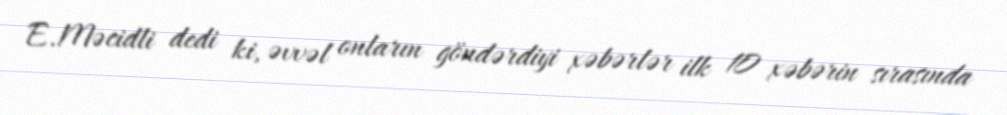
E.Məcidli dedi ki, əvvəl onların göndərdiyi xəbərlər ilk 10 xəbərin sırasında